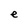
Character: e